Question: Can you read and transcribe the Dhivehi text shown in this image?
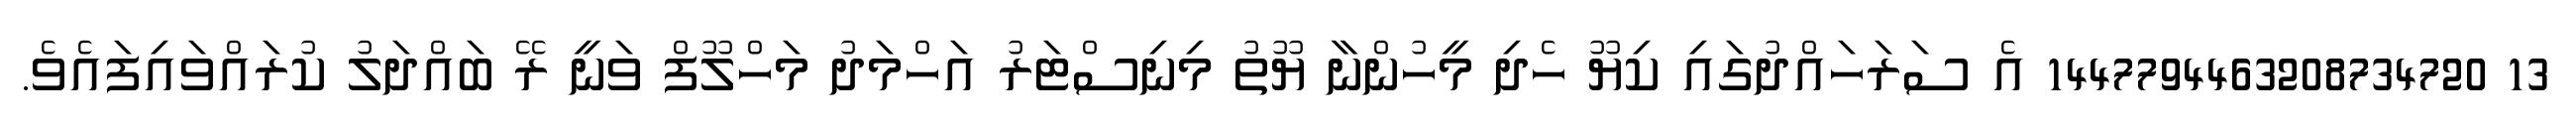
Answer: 13 1447794463208734720 އެ ސަރަހައްދުގައި ކިޔޫ ހެދި މީހުންނާ ޔޫތު މިނިސްޓަރު އަހްމަދު މަހްލޫފް ވަނީ ރޭ ބައްދަލު ކުރައްވައިފައެވެ.